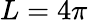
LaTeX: L=4\pi